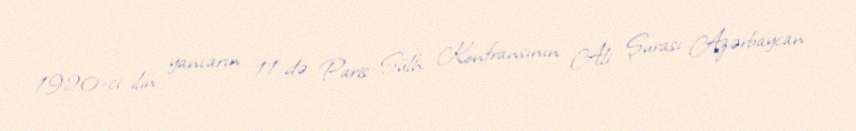
1920-ci ilin yanvarın 11-də Paris Sülh Konfransının Ali Şurası Azərbaycan